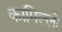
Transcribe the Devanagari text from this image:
कामिल्लो